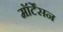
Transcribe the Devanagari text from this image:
मॉर्टेंसन